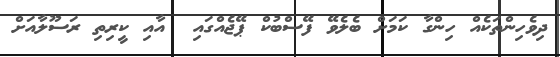
ދިވެހިންތަކެއް ހިންގާ ކަމަށް ބެލެވޭ ފޭސްބުކް ޕޭޖެއްގައި  އާއި ކީރިތި ރަސޫލާއަށް